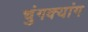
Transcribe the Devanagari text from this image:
चुंगक्यांग